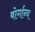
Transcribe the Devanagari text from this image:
बोर्गान्य